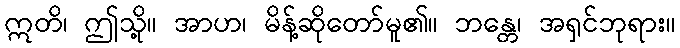
ဣတိ၊ ဤသို့။ အာဟ၊ မိန့်ဆိုတော်မူ၏။ ဘန္တေ၊ အရှင်ဘုရား။